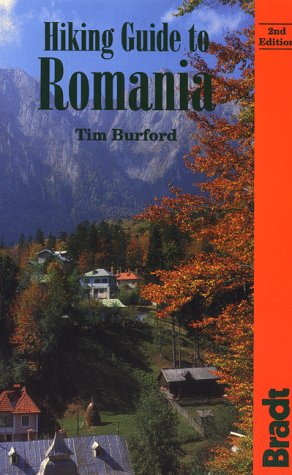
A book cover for Hiking Guide to Romania (Bradt Guides); Tim Burford; Travel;